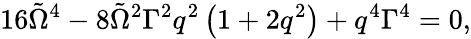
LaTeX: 16\tilde{\Omega}^{4}-8\tilde{\Omega}^{2}\Gamma^{2}q^{2}\left(1+2q^{2}\right)+q^{4}\Gamma^{4}=0,